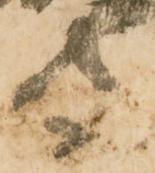
守